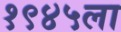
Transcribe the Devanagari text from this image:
१९४५ला